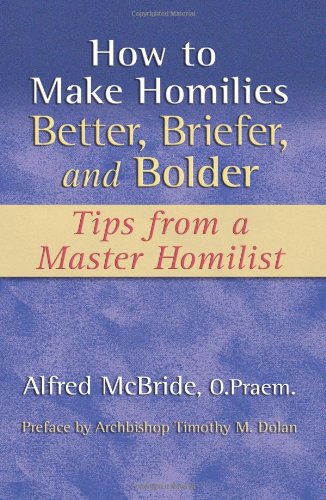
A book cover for How to Make Homilies Better, Briefer, and Bolder: Tips from a Master Homilist; Alfred McBride; Christian Books & Bibles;